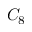
C _ { 8 }